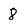
Character: 8